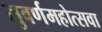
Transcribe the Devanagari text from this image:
सुवर्णमहोत्सवा